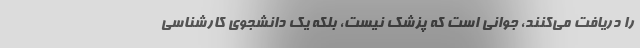
را دریافت می‌کنند، جوانی است که پزشک نیست، بلکه یک دانشجوی کارشناسی